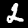
Label: 2